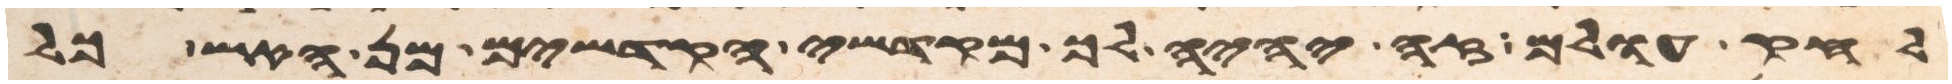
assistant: לחק עולם זה יהיה לך מקדשי הקדשים מן האש כל